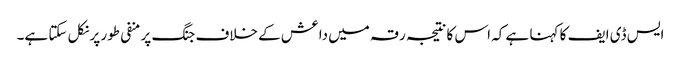
ایس ڈی ایف کا کہنا ہے کہ اس کا نتیجہ رقہ میں داعش کے خلاف جنگ پر منفی طور پر نکل سکتا ہے۔